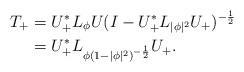
LaTeX: \begin{align*}T_{+} &= U_{+}^{*}L_{\phi}U (I - U_{+}^{*}L_{|\phi|^{2}}U_{+})^{-\frac{1}{2}}\\& = U_{+}^{*}L_{\phi(1-|\phi|^{2})^{-\frac{1}{2}}}U_{+}.\end{align*}